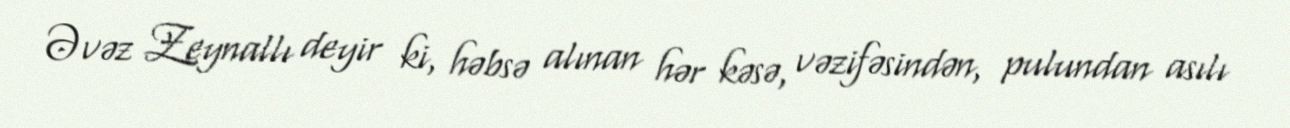
Əvəz Zeynallı deyir ki, həbsə alınan hər kəsə, vəzifəsindən, pulundan asılı